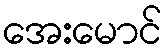
အေးမောင်